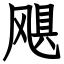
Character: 飓